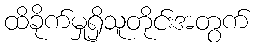
ထိခိုက်မှုရှိသူတိုင်းအတွက်